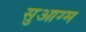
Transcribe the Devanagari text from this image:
सुआग्म